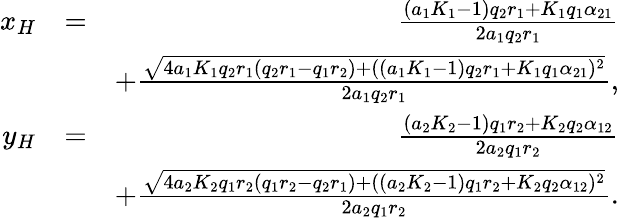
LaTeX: \begin{array}{rlr}{x_{H}}&{=}&{\frac{(a_{1}K_{1}-1)q_{2}r_{1}+K_{1}q_{1}\alpha_{21}}{2a_{1}q_{2}r_{1}}}\\ &{}&{+\frac{\sqrt{4a_{1}K_{1}q_{2}r_{1}(q_{2}r_{1}-q_{1}r_{2})+((a_{1}K_{1}-1)q_{2}r_{1}+K_{1}q_{1}\alpha_{21})^{2}}}{2a_{1}q_{2}r_{1}},}\\ {y_{H}}&{=}&{\frac{(a_{2}K_{2}-1)q_{1}r_{2}+K_{2}q_{2}\alpha_{12}}{2a_{2}q_{1}r_{2}}}\\ &{}&{+\frac{\sqrt{4a_{2}K_{2}q_{1}r_{2}(q_{1}r_{2}-q_{2}r_{1})+((a_{2}K_{2}-1)q_{1}r_{2}+K_{2}q_{2}\alpha_{12})^{2}}}{2a_{2}q_{1}r_{2}}.}\end{array}